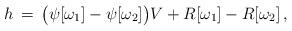
LaTeX: \begin{align*}h \, = \, \big ( \psi [\omega_1] - \psi [\omega_2] \big ) V + R [\omega_1] - R[\omega_2]\,,\end{align*}